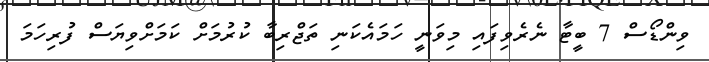
ވިންޑޯސް 7 ބީޓާ ނެރެވިފައި މިވަނީ ހަމައެކަނި ތަޖްރިބާ ކުރުމަށް ކަމަށްވިޔަސް ފުރިހަމަ